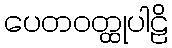
ပေတဝတ္ထုပါဠိ